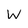
Character: W